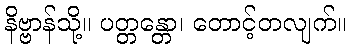
နိဗ္ဗာန်သို့။ ပတ္တန္တော၊ တောင့်တလျက်။